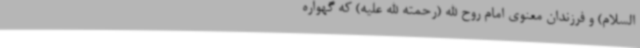
السلام) و فرزندان معنوی امام روح الله (رحمته الله علیه) که گهواره